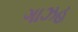
ગાઝહ